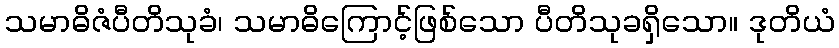
သမာဓိဇံပီတိသုခံ၊ သမာဓိကြောင့်ဖြစ်သော ပီတိသုခရှိသော။ ဒုတိယံ